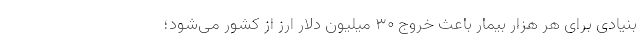
بنیادی برای هر هزار بیمار باعث خروج ۳۰ میلیون دلار ارز از كشور می‌شود؛